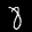
Label: 8